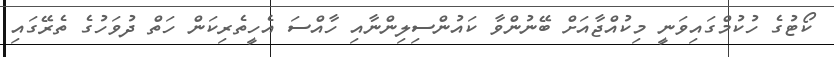
ކޯޓުގެ ހުކުމްގައިވަނީ މިކުއްޖާއަށް ބޭނުންވާ ކައުންސިލިންނާއި ހާއްސަ އެހީތެރިކަން ހަތް ދުވަހުގެ ތެރޭގައި